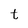
Character: t